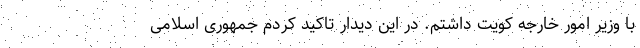
با وزیر امور خارجه کویت داشتم. در این دیدار تاکید کردم جمهوری اسلامی